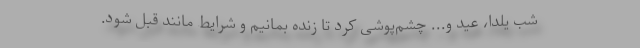
شب یلدا، عید و... چشم‌پوشی کرد تا زنده بمانیم و شرایط مانند قبل شود.